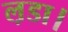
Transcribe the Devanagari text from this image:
ल़डा।